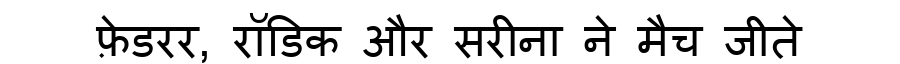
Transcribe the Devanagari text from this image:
फ़ेडरर, रॉडिक और सरीना ने मैच जीते